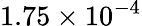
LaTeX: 1.75\times 10^{-4}